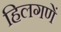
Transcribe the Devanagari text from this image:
हिलगणें